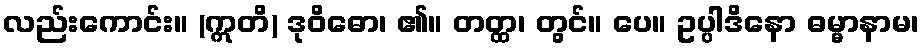
လည်းကောင်း။ (ဣတိ) ဒုဝိဓော၊ ၏။ တတ္ထ၊ တွင်။ ပေ။ ဥပ္ပါဒိနော ဓမ္မာနာမ၊